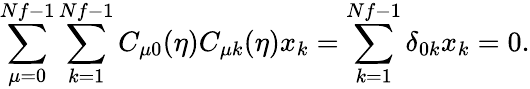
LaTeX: \sum_{\mu=0}^{Nf-1}\sum_{k=1}^{Nf-1}C_{\mu 0}(\eta)C_{\mu k}(\eta)x_{k}=\sum_{k=1}^{Nf-1}\delta_{0k}x_{k}=0.